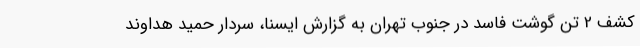
کشف 2 تن گوشت فاسد در جنوب تهران به گزارش ایسنا، سردار حمید هداوند